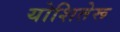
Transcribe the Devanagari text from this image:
योशितेरू